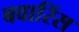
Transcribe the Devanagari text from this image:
बवारिंस